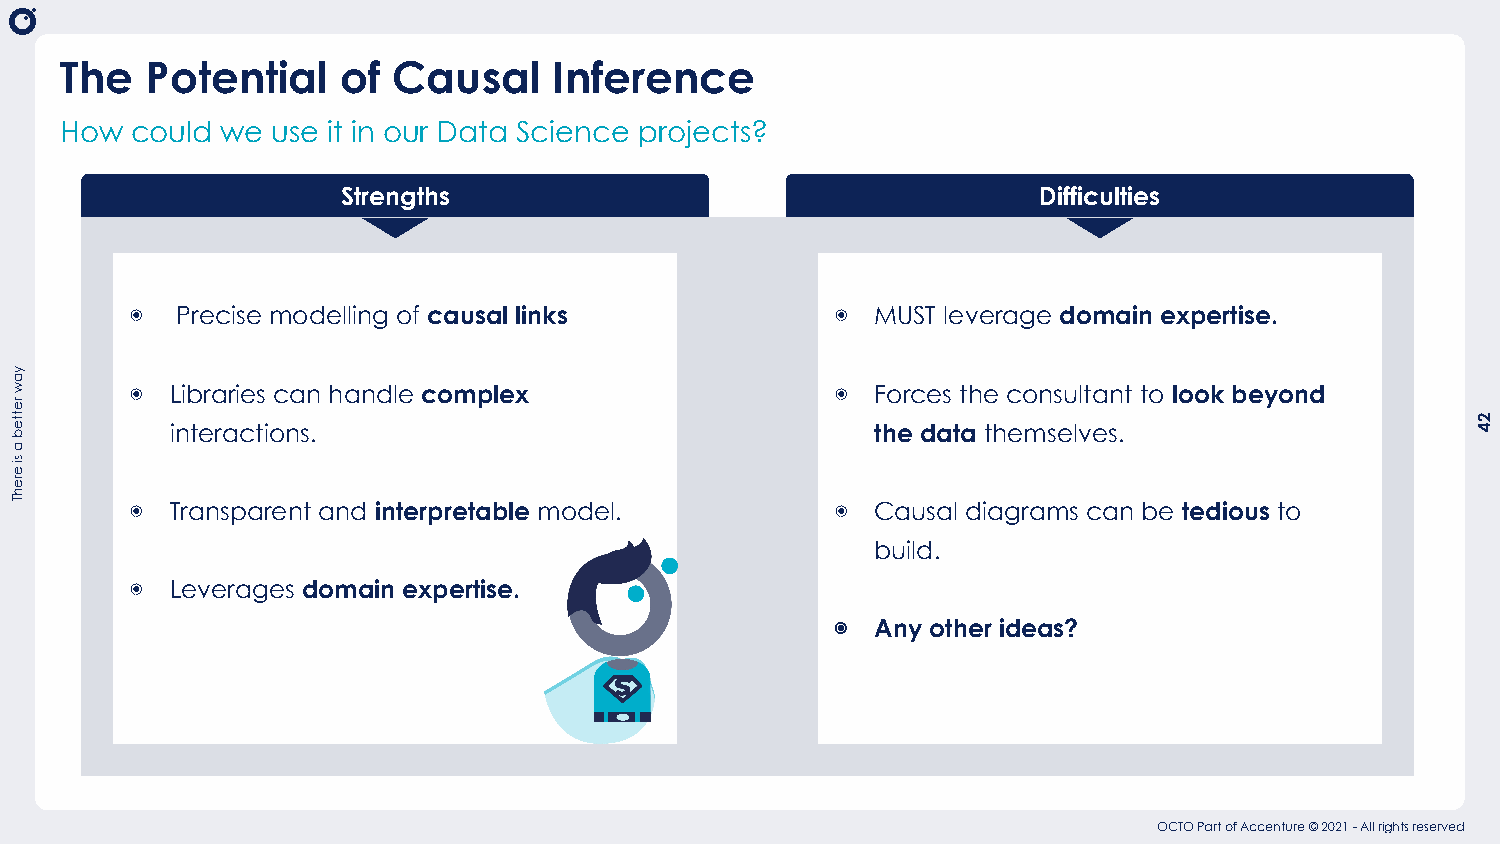
The   Potential    of Causal     Inference
 How  could we use it in our Data Science projects?
 Strengths                                     Difficulties
 ◉  Precise modelling of causal links          ◉  MUST leverage domain expertise.
 ◉ Libraries can handle complex                ◉  Forces the consultant to look beyond
 interactions.                                  the data themselves.
 ◉ Transparent and interpretable model.        ◉  Causal diagrams can be tedious to
 build.
 ◉ Leverages domain expertise.
 ◉  Any other ideas?
 OCTO Part of Accenture © 2021 - All rights reserved
 yaw
 retteb
 a
 si
 erehT
 24